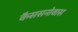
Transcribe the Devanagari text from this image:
कैससनोवास